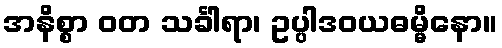
အနိစ္စာ ဝတ သင်္ခါရာ၊ ဥပ္ပါဒဝယဓမ္မိနော။